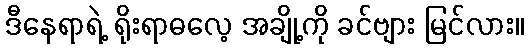
ဒီနေရာရဲ့ ရိုးရာဓလေ့ အချို့ကို ခင်ဗျား မြင်လား။